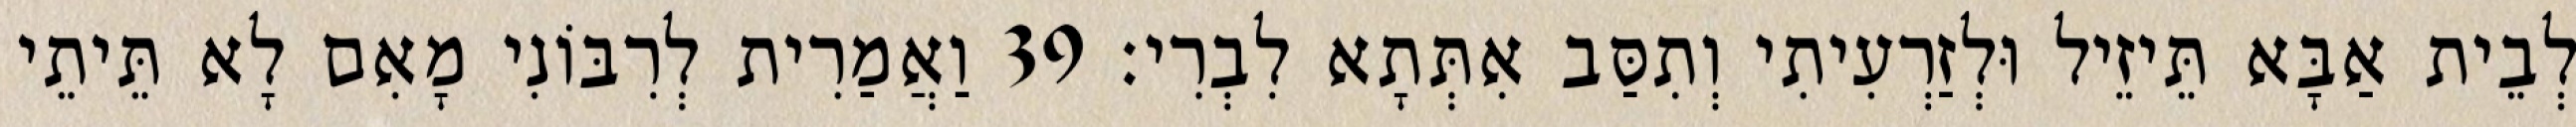
לְבֵית אַבָּא תֵּיזֵיל וּלְזַרְעִיתִי וְתִסַּב אִתְּתָא לִבְרִי׃ 39 וַאֲמַרִית לְרִבּוֹנִי מָאִם לָא תֵּיתֵי